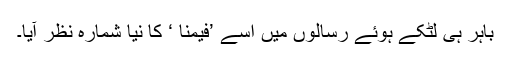
باہر ہی لٹکے ہوئے رسالوں میں اسے ’فیمنا ‘ کا نیا شمارہ نظر آیا۔